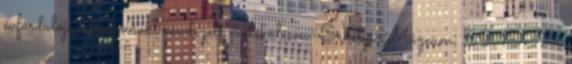
évfordulója alkalmával rendezett emlékülésen. Erdélyi Múzeum. 59 1997 .